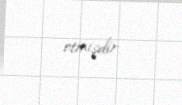
etmişdir.